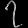
Digit: ၇